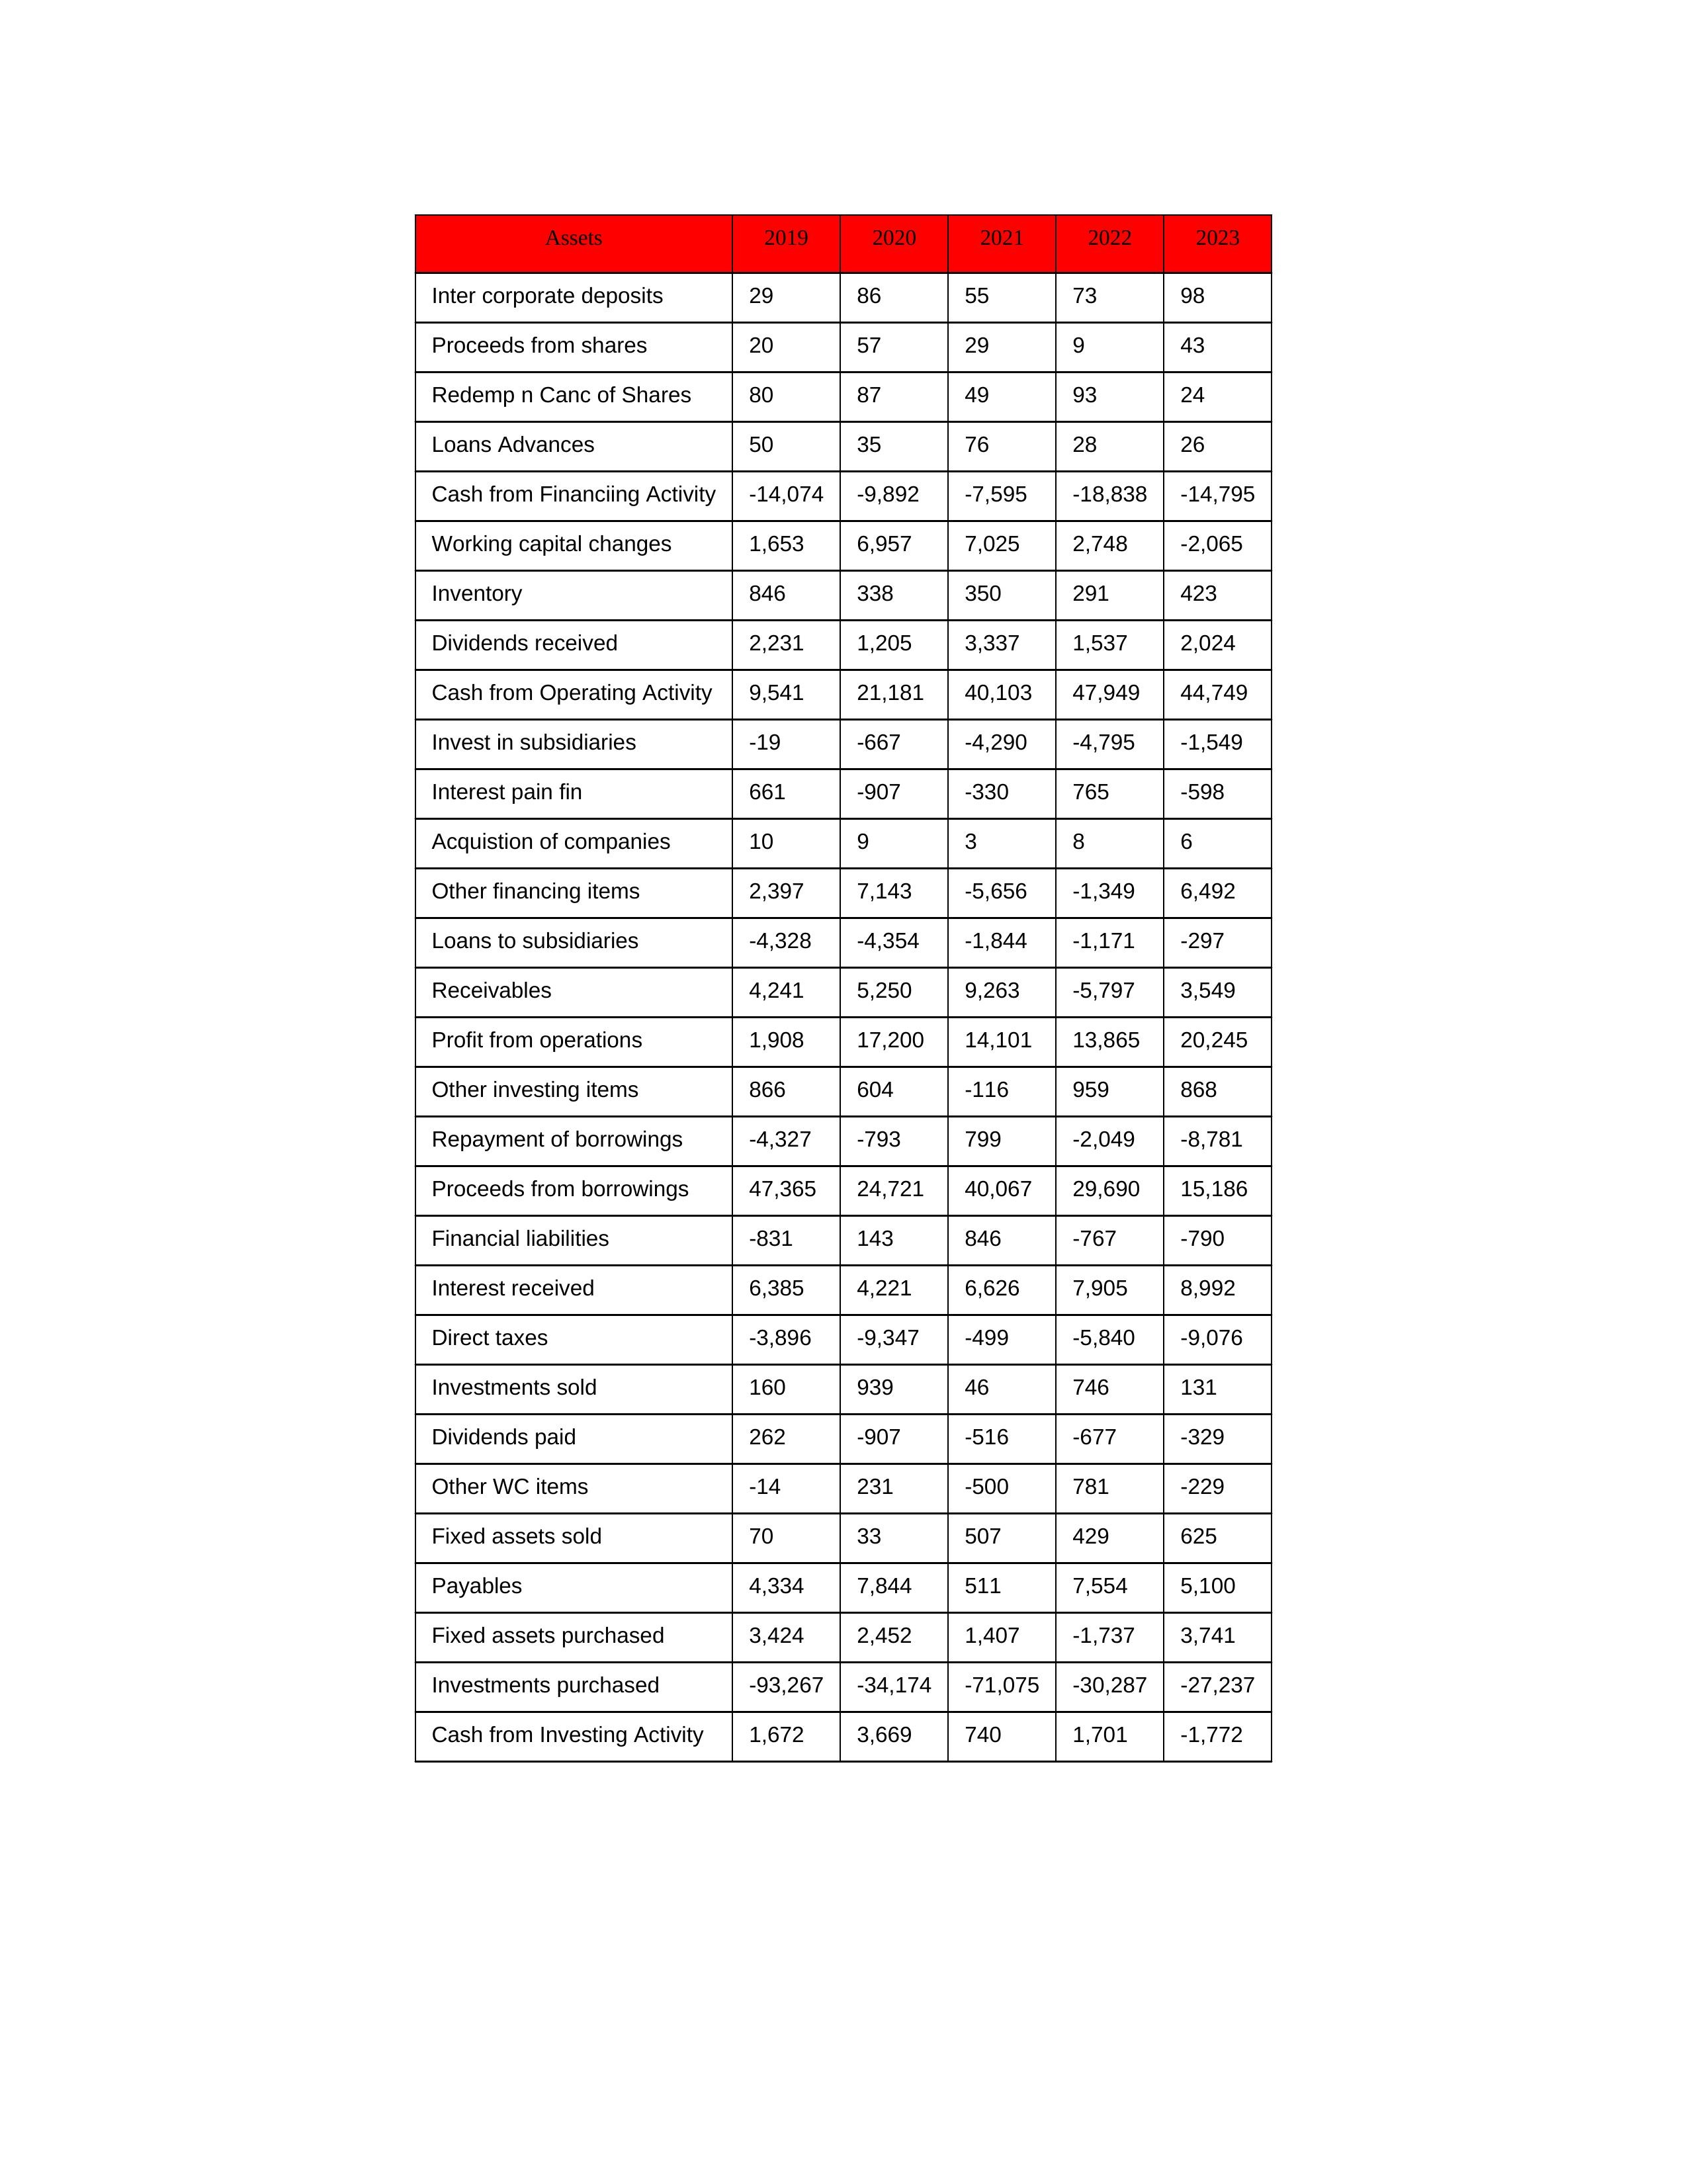
gt_parse: 2019: Cash from Operating Activity: 9,541
Profit from operations: 1,908
Receivables: 4,241
Inventory: 846
Payables: 4,334
Loans Advances: 50
Other WC items: -14
Working capital changes: 1,653
Direct taxes: -3,896
Cash from Investing Activity: 1,672
Fixed assets purchased: 3,424
Fixed assets sold: 70
Investments purchased: -93,267
Investments sold: 160
Interest received: 6,385
Dividends received: 2,231
Invest in subsidiaries: -19
Loans to subsidiaries: -4,328
Redemp n Canc of Shares: 80
Acquistion of companies: 10
Inter corporate deposits: 29
Other investing items: 866
Cash from Financiing Activity: -14,074
Proceeds from shares: 20
Proceeds from borrowings: 47,365
Repayment of borrowings: -4,327
Interest pain fin: 661
Dividends paid: 262
Financial liabilities: -831
Other financing items: 2,397
2020: Cash from Operating Activity: 21,181
Profit from operations: 17,200
Receivables: 5,250
Inventory: 338
Payables: 7,844
Loans Advances: 35
Other WC items: 231
Working capital changes: 6,957
Direct taxes: -9,347
Cash from Investing Activity: 3,669
Fixed assets purchased: 2,452
Fixed assets sold: 33
Investments purchased: -34,174
Investments sold: 939
Interest received: 4,221
Dividends received: 1,205
Invest in subsidiaries: -667
Loans to subsidiaries: -4,354
Redemp n Canc of Shares: 87
Acquistion of companies: 9
Inter corporate deposits: 86
Other investing items: 604
Cash from Financiing Activity: -9,892
Proceeds from shares: 57
Proceeds from borrowings: 24,721
Repayment of borrowings: -793
Interest pain fin: -907
Dividends paid: -907
Financial liabilities: 143
Other financing items: 7,143
2021: Cash from Operating Activity: 40,103
Profit from operations: 14,101
Receivables: 9,263
Inventory: 350
Payables: 511
Loans Advances: 76
Other WC items: -500
Working capital changes: 7,025
Direct taxes: -499
Cash from Investing Activity: 740
Fixed assets purchased: 1,407
Fixed assets sold: 507
Investments purchased: -71,075
Investments sold: 46
Interest received: 6,626
Dividends received: 3,337
Invest in subsidiaries: -4,290
Loans to subsidiaries: -1,844
Redemp n Canc of Shares: 49
Acquistion of companies: 3
Inter corporate deposits: 55
Other investing items: -116
Cash from Financiing Activity: -7,595
Proceeds from shares: 29
Proceeds from borrowings: 40,067
Repayment of borrowings: 799
Interest pain fin: -330
Dividends paid: -516
Financial liabilities: 846
Other financing items: -5,656
2022: Cash from Operating Activity: 47,949
Profit from operations: 13,865
Receivables: -5,797
Inventory: 291
Payables: 7,554
Loans Advances: 28
Other WC items: 781
Working capital changes: 2,748
Direct taxes: -5,840
Cash from Investing Activity: 1,701
Fixed assets purchased: -1,737
Fixed assets sold: 429
Investments purchased: -30,287
Investments sold: 746
Interest received: 7,905
Dividends received: 1,537
Invest in subsidiaries: -4,795
Loans to subsidiaries: -1,171
Redemp n Canc of Shares: 93
Acquistion of companies: 8
Inter corporate deposits: 73
Other investing items: 959
Cash from Financiing Activity: -18,838
Proceeds from shares: 9
Proceeds from borrowings: 29,690
Repayment of borrowings: -2,049
Interest pain fin: 765
Dividends paid: -677
Financial liabilities: -767
Other financing items: -1,349
2023: Cash from Operating Activity: 44,749
Profit from operations: 20,245
Receivables: 3,549
Inventory: 423
Payables: 5,100
Loans Advances: 26
Other WC items: -229
Working capital changes: -2,065
Direct taxes: -9,076
Cash from Investing Activity: -1,772
Fixed assets purchased: 3,741
Fixed assets sold: 625
Investments purchased: -27,237
Investments sold: 131
Interest received: 8,992
Dividends received: 2,024
Invest in subsidiaries: -1,549
Loans to subsidiaries: -297
Redemp n Canc of Shares: 24
Acquistion of companies: 6
Inter corporate deposits: 98
Other investing items: 868
Cash from Financiing Activity: -14,795
Proceeds from shares: 43
Proceeds from borrowings: 15,186
Repayment of borrowings: -8,781
Interest pain fin: -598
Dividends paid: -329
Financial liabilities: -790
Other financing items: 6,492